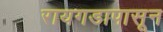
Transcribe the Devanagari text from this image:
रायगडापासून